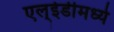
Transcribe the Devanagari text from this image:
एल्‌ईडीमध्ये